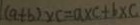
( a + b ) \times c = a \times c + b \times c